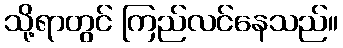
သို့ရာတွင် ကြည်လင်နေသည်။